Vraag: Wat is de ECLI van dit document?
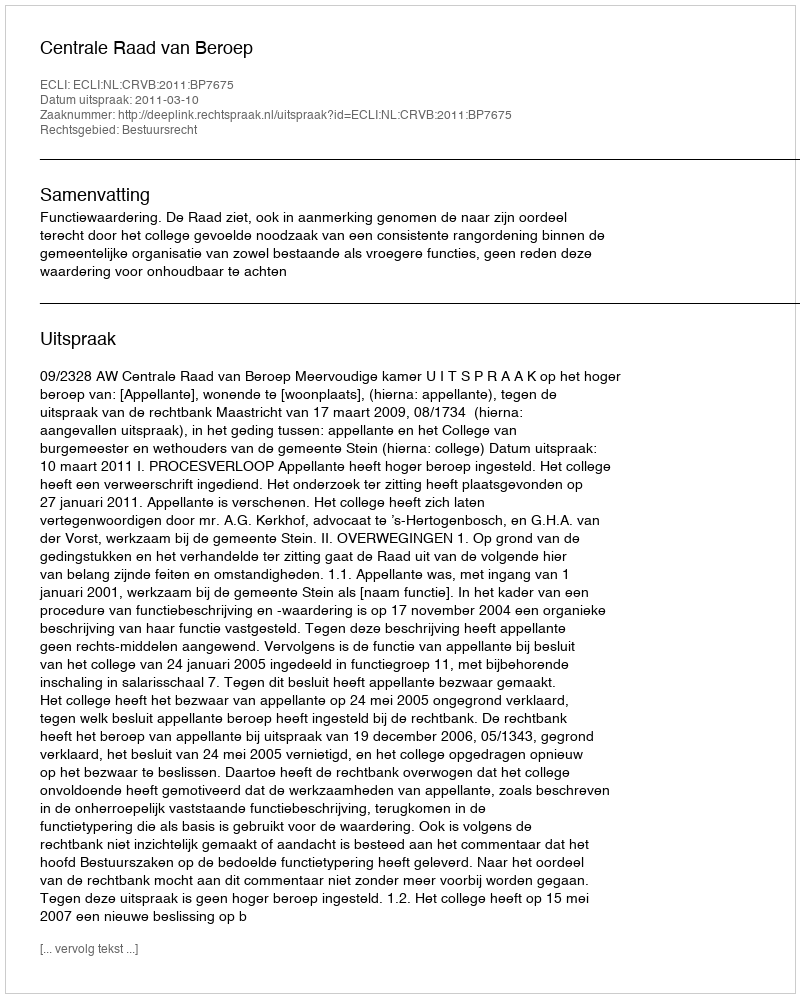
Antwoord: ECLI:NL:CRVB:2011:BP7675